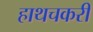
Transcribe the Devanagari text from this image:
हाथचकरी